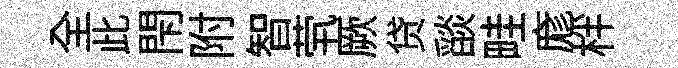
全此閇附智茕厥贷𦦨畦庬柈